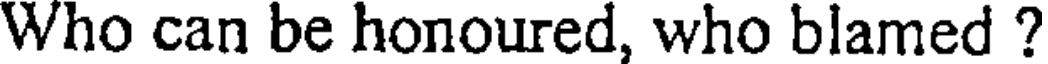
Who can be honoured, who blamed ?